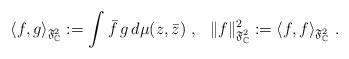
LaTeX: \begin{align*}\langle f,g\rangle_{\mathfrak{F}^2_{\mathbb{C}}}:=\int\bar f\,g\,d\mu(z,\bar z) \ , \ \ \|f\|_{\mathfrak{F}^2_{\mathbb{C}}}^2:=\langle f,f\rangle_{\mathfrak{F}^2_{\mathbb{C}}} \ .\end{align*}